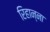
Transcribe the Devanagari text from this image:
रिहान्ना